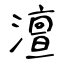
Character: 澶